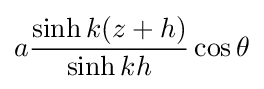
a{\frac {\sinh k(z+h)}{\sinh kh}}\cos \theta